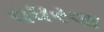
વધરવા